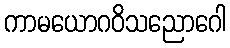
ကာမယောဂဝိသညောဂေါ